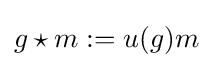
g\star m:=u(g)m